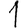
Digit: 1